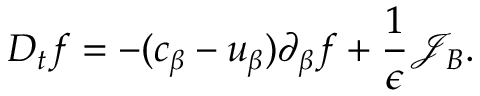
{ D _ { t } f } = - ( c _ { \beta } - u _ { \beta } ) \partial _ { \beta } f + \frac { 1 } { \epsilon } \mathcal { J } _ { B } .